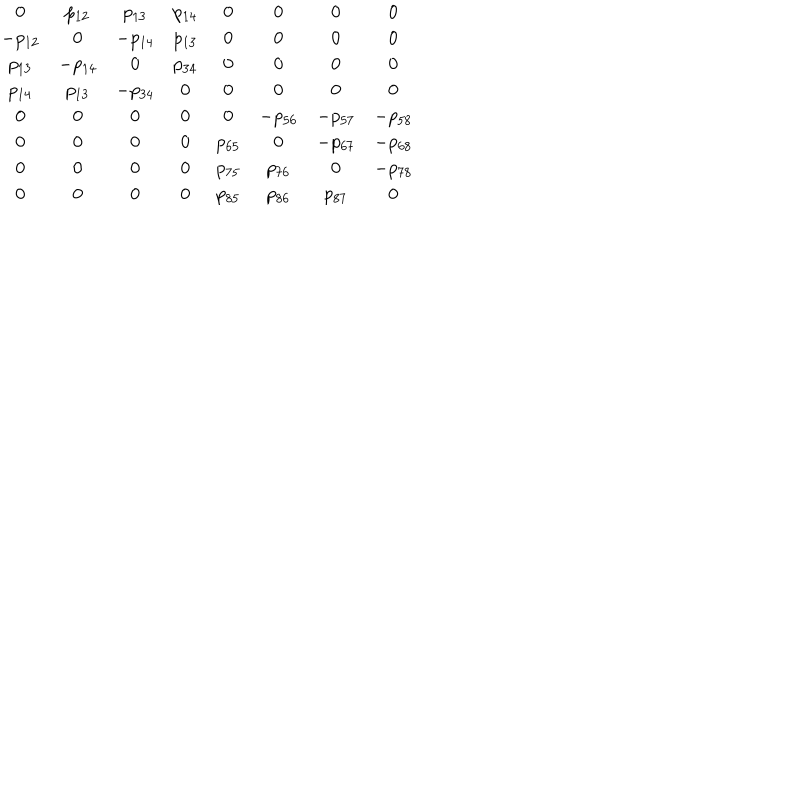
LaTeX: \begin{array} { c c c c c c c c } { { 0 } } & { { p _ { 1 2 } } } & { { p _ { 1 3 } } } & { { p _ { 1 4 } } } & { { 0 } } & { { 0 } } & { { 0 } } & { { 0 } } \\ { { - p _ { 1 2 } } } & { { 0 } } & { { - p _ { 1 4 } } } & { { p _ { 1 3 } } } & { { 0 } } & { { 0 } } & { { 0 } } & { { 0 } } \\ { { p _ { 1 3 } } } & { { - p _ { 1 4 } } } & { { 0 } } & { { p _ { 3 4 } } } & { { 0 } } & { { 0 } } & { { 0 } } & { { 0 } } \\ { { p _ { 1 4 } } } & { { p _ { 1 3 } } } & { { - p _ { 3 4 } } } & { { 0 } } & { { 0 } } & { { 0 } } & { { 0 } } & { { 0 } } \\ { { 0 } } & { { 0 } } & { { 0 } } & { { 0 } } & { { 0 } } & { { - p _ { 5 6 } } } & { { - p _ { 5 7 } } } & { { - p _ { 5 8 } } } \\ { { 0 } } & { { 0 } } & { { 0 } } & { { 0 } } & { { p _ { 6 5 } } } & { { 0 } } & { { - p _ { 6 7 } } } & { { - p _ { 6 8 } } } \\ { { 0 } } & { { 0 } } & { { 0 } } & { { 0 } } & { { p _ { 7 5 } } } & { { p _ { 7 6 } } } & { { 0 } } & { { - p _ { 7 8 } } } \\ { { 0 } } & { { 0 } } & { { 0 } } & { { 0 } } & { { p _ { 8 5 } } } & { { p _ { 8 6 } } } & { { p _ { 8 7 } } } & { { 0 } } \\ \end{array}